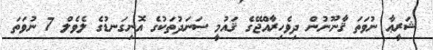
ޝަރީޢާ ނުވަތަ ޤާނޫނުން ދިވެހިރާއްޖޭގެ ޤައުމީ ސަނަދުތަކުގެ އޮނިގަނޑުގެ ލެވެލް 7 ނުވަތަ